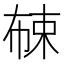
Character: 𱣦